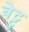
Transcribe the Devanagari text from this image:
बेट्टु